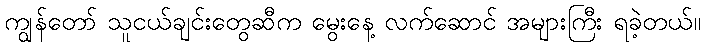
ကျွန်တော် သူငယ်ချင်းတွေဆီက မွေးနေ့ လက်ဆောင် အများကြီး ရခဲ့တယ်။